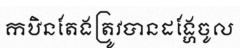
កឋិនតែងត្រូវបានដង្ហែចូល